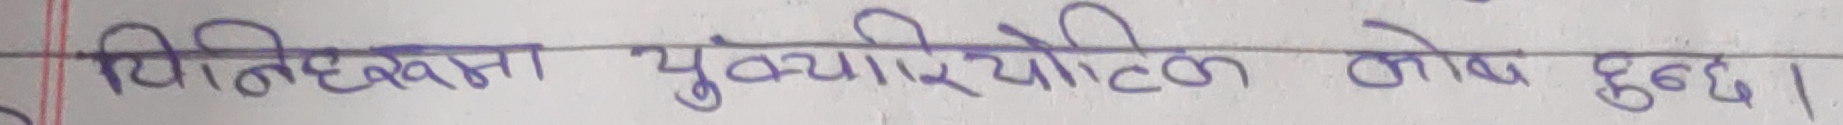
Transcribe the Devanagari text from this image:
विरुद्दमा यूकैरियोटिक कोष हुन्छ।